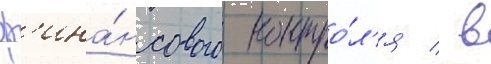
ф'ина́нсового контро́л'я / в